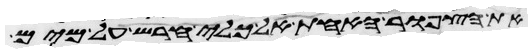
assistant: את הצפור האחת אל כלי חרש על מים